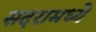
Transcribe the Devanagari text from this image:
सदरामध्ये